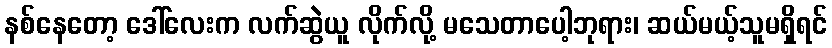
နစ်နေတော့ ဒေါ်လေးက လက်ဆွဲယူ လိုက်လို့ မသေတာပေါ့ဘုရား၊ ဆယ်မယ့်သူမရှိရင်